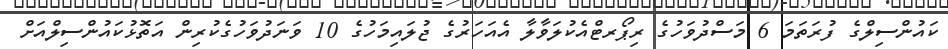
ކައުންސިލްގެ ފުރަތަމަ 6 މަސްދުވަހުގެ ރިޕޯރޓްއެކުލަވާލާ އެއަހަރުގެ ޖުލައިމަހުގެ 10 ވަނަދުވަހުގެކުރިން އަތޮޅުކައުންސިލްއަށް